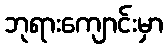
ဘုရားကျောင်းမှာ